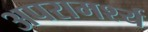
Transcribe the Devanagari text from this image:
अपरामर्श्य